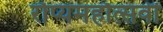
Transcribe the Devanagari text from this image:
रौप्यमहौत्सवी